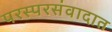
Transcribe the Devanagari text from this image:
परस्परसंवादात